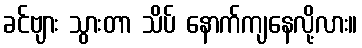
ခင်ဗျား သွားတာ သိပ် နောက်ကျနေလို့လား။